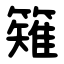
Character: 䉜